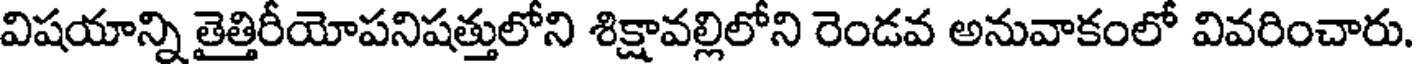
విషయాన్ని తైత్తిరీయోపనిషత్తులోని శిక్షావల్లిలోని రెండవ అనువాకంలో వివరించారు